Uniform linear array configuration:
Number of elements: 4
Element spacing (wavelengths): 0.5
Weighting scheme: exponential
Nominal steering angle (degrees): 45
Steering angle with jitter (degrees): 46.98
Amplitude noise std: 0.05
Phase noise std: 0.05

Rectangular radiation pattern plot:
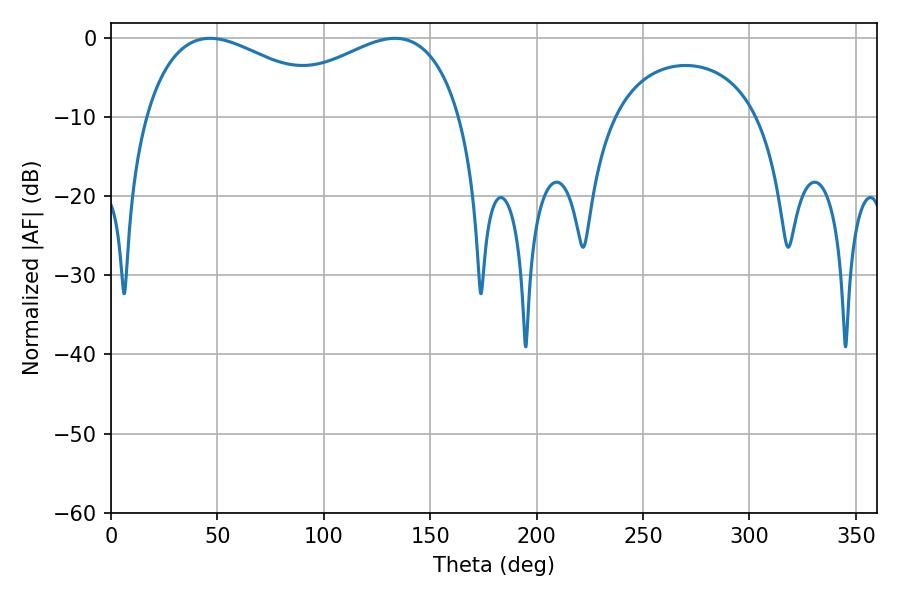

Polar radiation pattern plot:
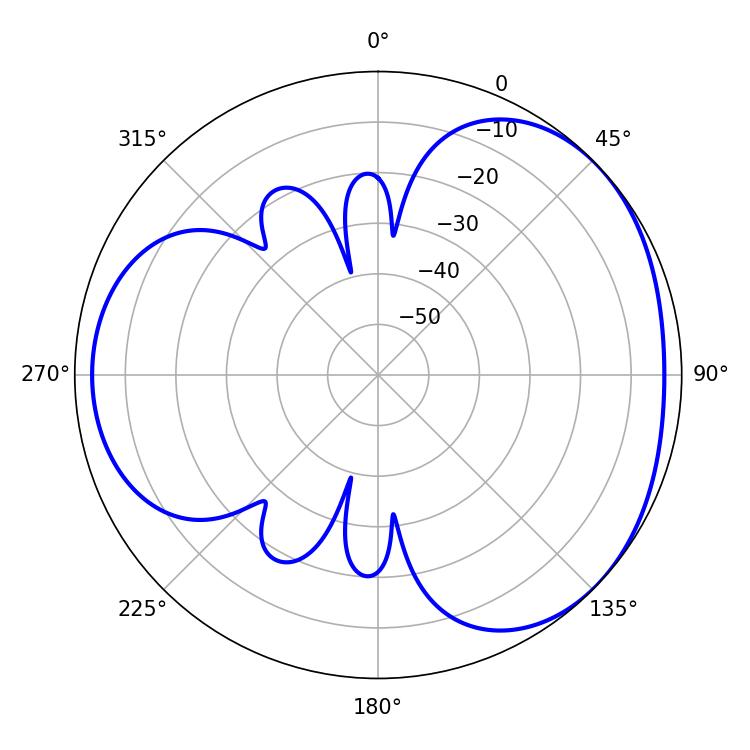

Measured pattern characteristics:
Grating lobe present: FALSE
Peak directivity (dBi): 3.314
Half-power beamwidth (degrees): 51.66
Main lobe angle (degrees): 46.62